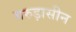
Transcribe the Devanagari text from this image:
गरुड़ासीन